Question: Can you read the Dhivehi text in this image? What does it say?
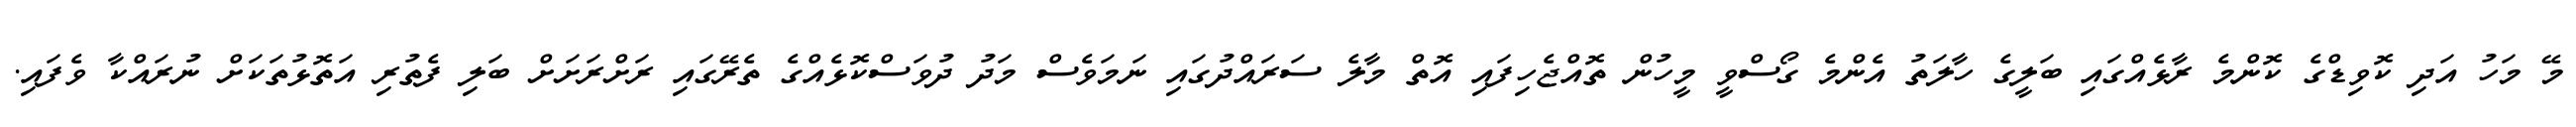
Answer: މޭ މަހު އަދި ކޮވިޑްގެ ކޮންމެ ރާޅެއްގައި ބަލީގެ ހާލަތު އެންމެ ގޯސްވީ މީހުން ތޮއްޖެހިފައި އޮތް މާލެ ސަރައްދުގައި ނަމަވެސް މަދު ދުވަސްކޮޅެއްގެ ތެރޭގައި ރަށްރަށަށް ބަލި ފެތުރި އަތޮޅުތަކަށް ނުރައްކާ ވެފައި.